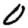
Digit: 0